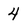
Character: 4